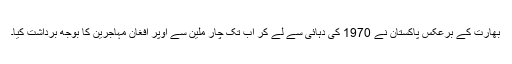
بھارت کے برعکس پاکستان نے 1970 کی دہائی سے لے کر اب تک چار ملین سے اوپر افغان مہاجرین کا بوجھ برداشت کیا۔